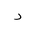
Letter: _dal